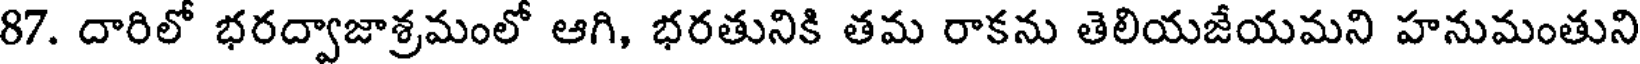
87. దారిలో భరద్వాజాశ్రమంలో ఆగి, భరతునికి తమ రాకను తెలియజేయమని హనుమంతుని